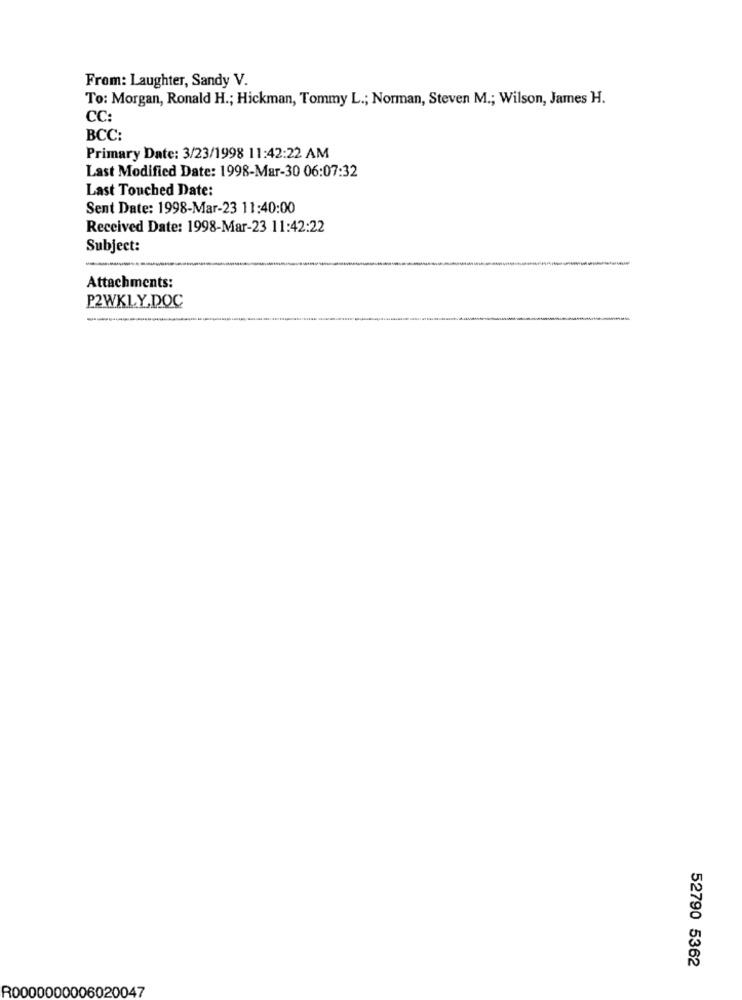
From: Laughter, Sandy V.
To: Morgan, Ronald H .; Hickman, Tommy L .; Norman, Steven M .; Wilson, James H.
CC:
BCC:
Primary Date: 3/23/1998 11:42:22 AM
Last Modified Date: 1998-Mar-30 06:07:32
Last Touched Date:
Sent Date: 1998-Mar-23 11:40:00
Received Date: 1998-Mar-23 11:42:22
Subject:
Attachments:
P2WKLY.DOC
52790 5362
R0000000006020047